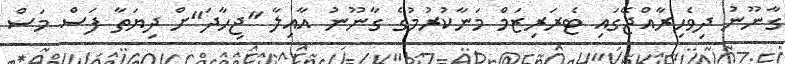
ގާނޫނު ދިވެހިރާއްޖޭގައި ޓެރަރިޒަމް މަނާކުރުމުގެ ގާނޫނު އާއިލާ "ޖިހާދަ"ށް ދިޔަތާ ފަސް މަސް